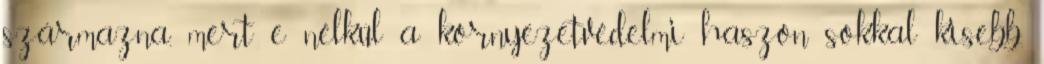
származna, mert e nélkül a környezetvédelmi haszon sokkal kisebb.